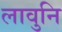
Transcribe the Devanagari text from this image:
लावुनि